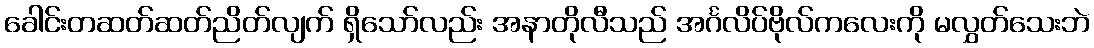
ခေါင်းတဆတ်ဆတ်ညိတ်လျက် ရှိသော်လည်း အနာတိုလီသည် အင်္ဂလိပ်ဗိုလ်ကလေးကို မလွှတ်သေးဘဲ